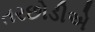
તરછોડીએ